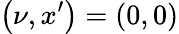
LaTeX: \left(\nu,x^{\prime}\right)=\left(0,0\right)